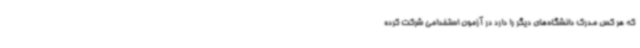
که هر کس مدرک دانشگاه‌های دیگر را دارد در آزمون استخدامی شرکت کرده